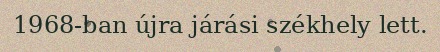
1968-ban újra járási székhely lett.